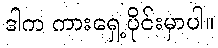
ဒါက ကားရှေ့ပိုင်းမှာပါ။